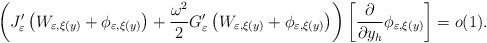
\begin{align*}\left( J_{\varepsilon}^{\prime}\left( W_{\varepsilon,\xi(y)}+\phi_{\varepsilon,\xi(y)}\right) +\frac{\omega^{2}}{2}G_{\varepsilon}^{\prime}\left( W_{\varepsilon,\xi(y)}+\phi_{\varepsilon,\xi(y)}\right) \right)\left[ \frac{\partial}{\partial y_{h}}\phi_{\varepsilon,\xi(y)}\right]=o(1). \end{align*}